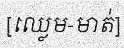
[ឈ្លេម-មាត់]